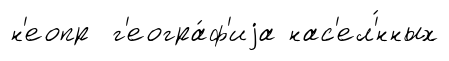
н'еопр г'еогра́ф'иjа нас'ел'́нных